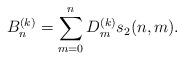
LaTeX: \begin{align*}B_n^{(k)}=\sum_{m=0}^n D_m^{(k)} s_2 (n,m).\end{align*}